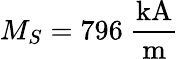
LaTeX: M_{S}=796~\mathrm{\frac{kA}{m}}